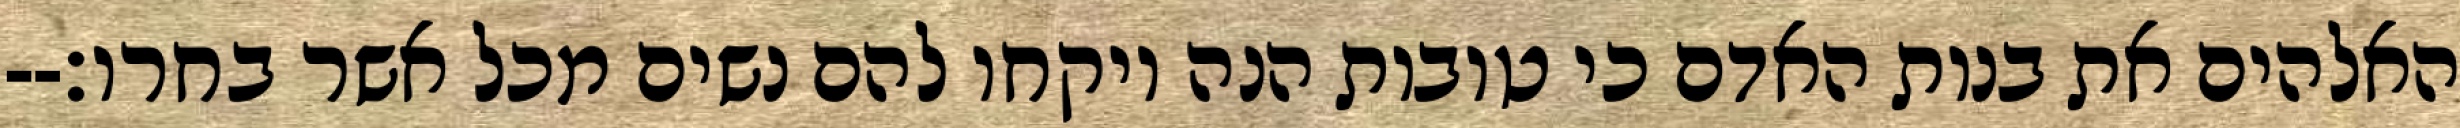
האלהים את בנות האדם כי טובות הנה ויקחו להם נשים מכל אשר בחרו׃--